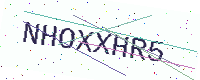
Text: NHOXXHR5